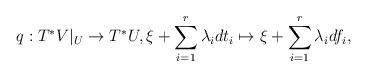
LaTeX: \begin{align*}q: T^*V|_U\rightarrow T^*U, \xi+\sum_{i=1}^r\lambda_idt_i\mapsto \xi+\sum_{i=1}^r\lambda_i df_i,\end{align*}